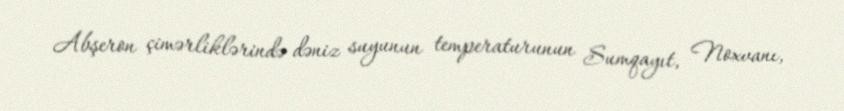
Abşeron çimərliklərində dəniz suyunun temperaturunun Sumqayıt, Noxvanı,